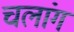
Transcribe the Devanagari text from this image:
चलांग